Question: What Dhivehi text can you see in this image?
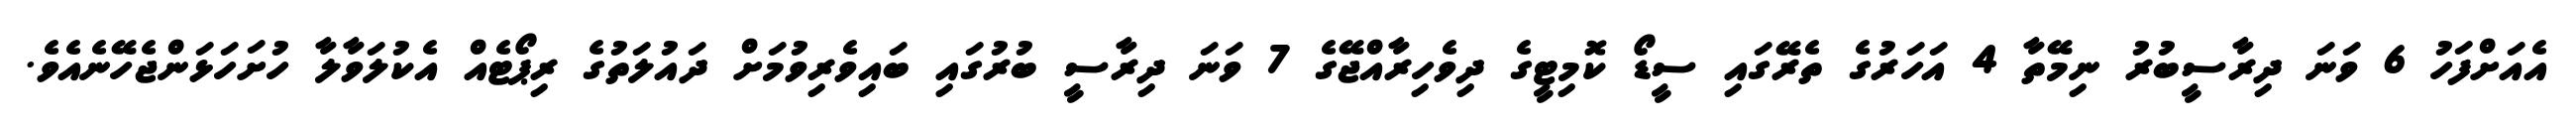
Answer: އެއަށްފަހު 6 ވަނަ ދިރާސީބުރު ނިމޭތާ 4 އަހަރުގެ ތެރޭގައި ސީޑޯ ކޮމިޓީގެ ދިވެހިރާއްޖޭގެ 7 ވަނަ ދިރާސީ ބުރުގައި ބައިވެރިވުމަށް ދައުލަތުގެ ރިޕޯޓެއް އެކުލަވާލާ ހުށަހަޅަންޖެހޭނެއެވެ.